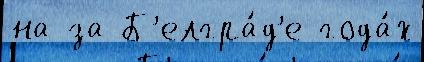
на за Б'елгра́д'е года́х